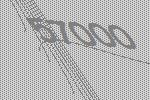
57000